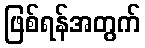
ဖြစ်ရန်အတွက်